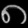
Digit: ၈